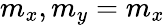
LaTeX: m_{x},m_{y}=m_{x}